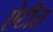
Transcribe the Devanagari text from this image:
ऐटीत